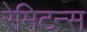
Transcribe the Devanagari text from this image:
रेमिटन्स